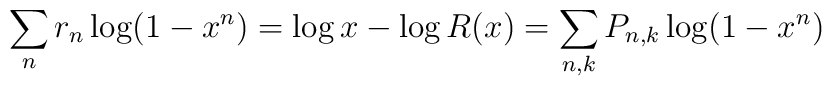
\sum_n r_n \log(1-x^n)=\log x-\log R(x)=\sum_{n,k} P_{n,k} \log(1-x^n)